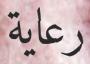
رعایة